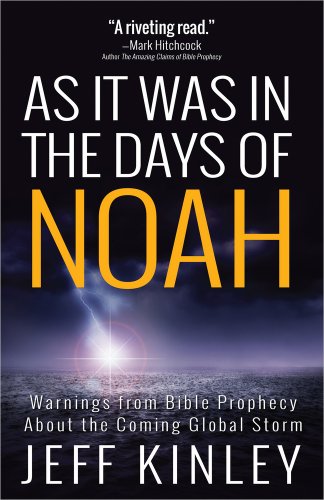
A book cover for As It Was in the Days of Noah: Warnings from Bible Prophecy About the Coming Global Storm; Jeff Kinley; Christian Books & Bibles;